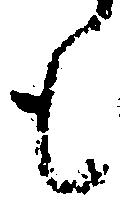
も